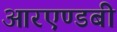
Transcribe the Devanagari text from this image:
आरएण्डबी